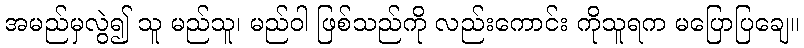
အမည်မှလွဲ၍ သူ မည်သူ၊ မည်ဝါ ဖြစ်သည်ကို လည်းကောင်း ကိုသူရက မပြောပြချေ။